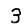
Digit: 3